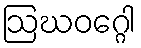
ဩဃဝဂ္ဂေါ